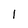
Character: 1